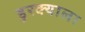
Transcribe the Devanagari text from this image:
डुरक्याला